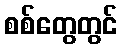
စစ်တွေတွင်